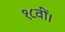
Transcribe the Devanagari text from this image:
१८वीं।